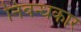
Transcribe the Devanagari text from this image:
निवन्धकार